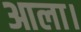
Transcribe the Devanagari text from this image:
आला।